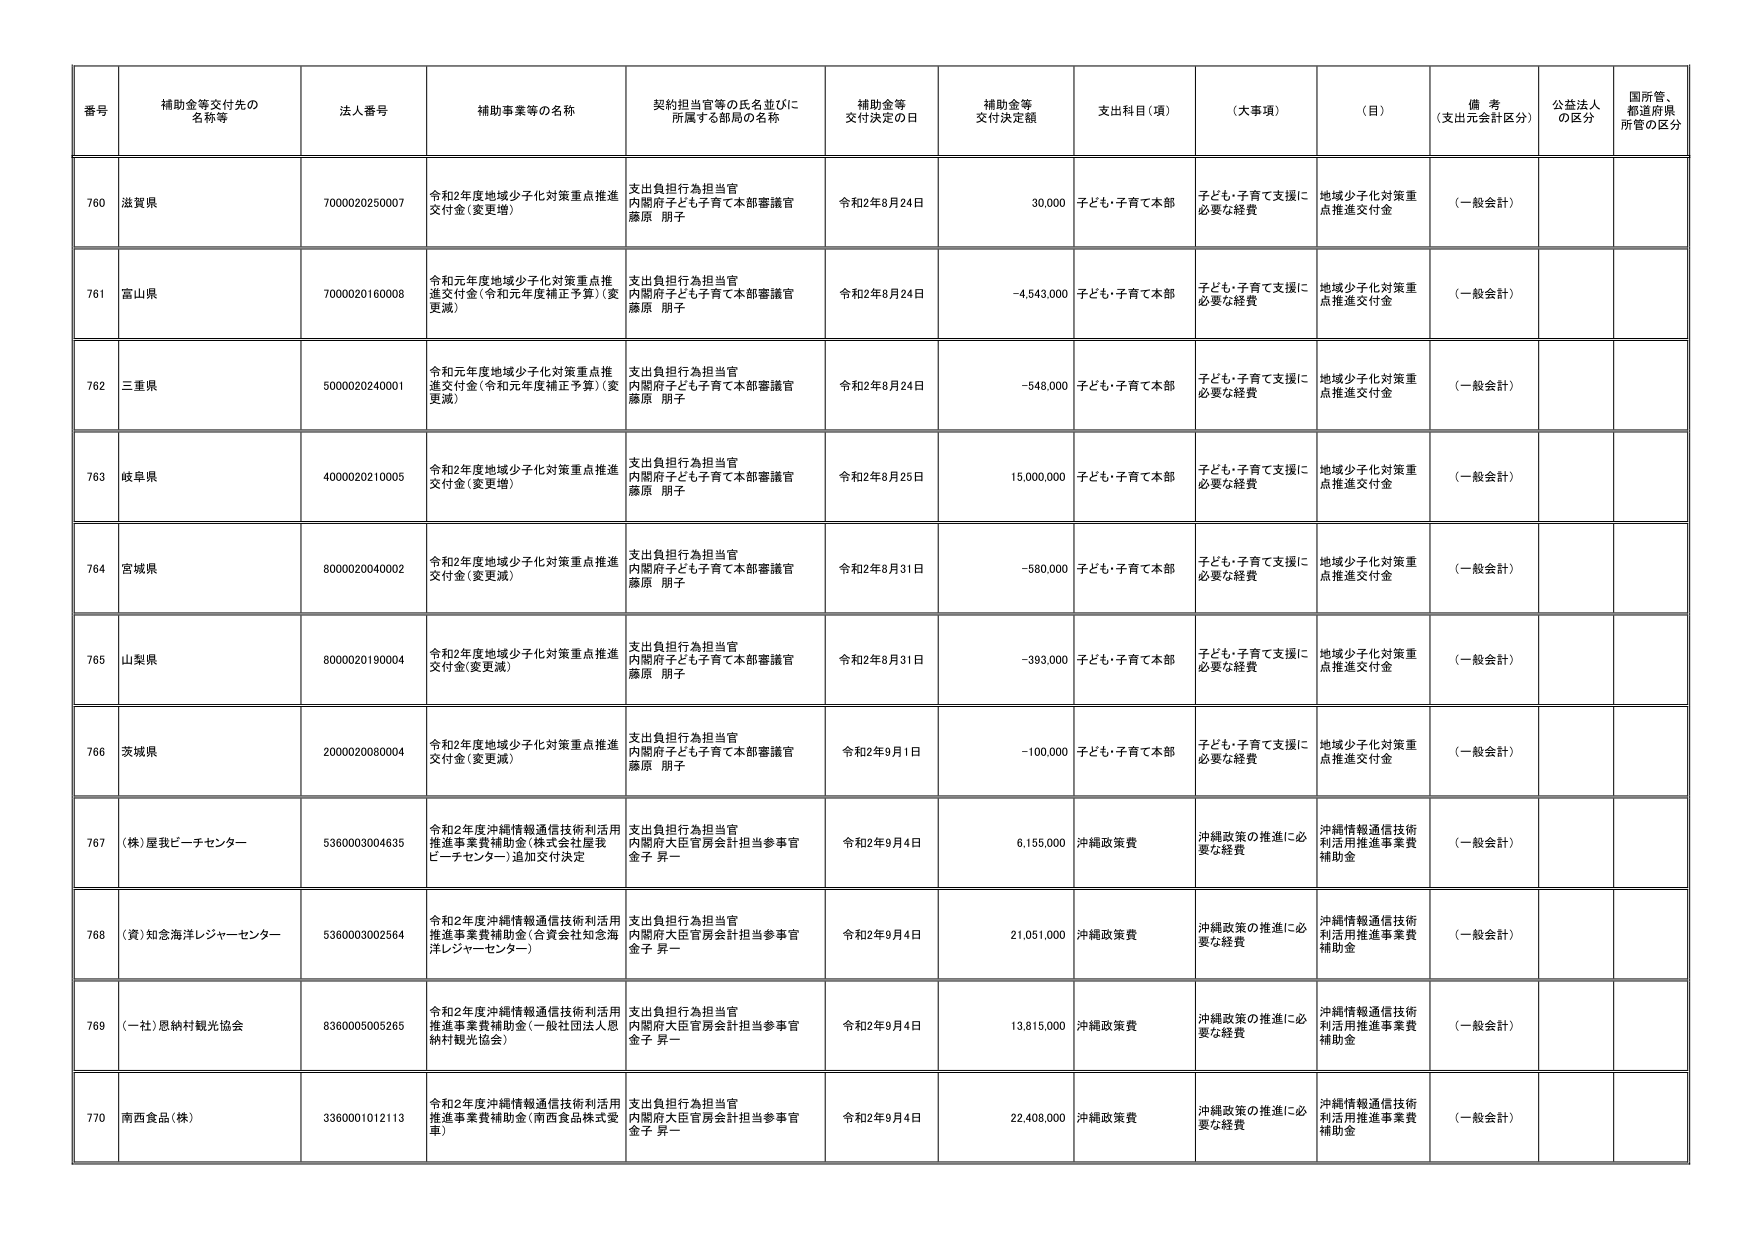
番号 補助金等交付先の名称等 法人番号 補助事業等の名称 契約担当官等の氏名並びに所属する部局の名称 補助金等交付決定の日 補助金等交付決定額 支出科目（項） （大事項） （目） 備考（支出元会計区分） 公益法人の区分 国所管、都道府県所管の区分
760 滋賀県 7000020250007 令和2年度地域少子化対策重点推進交付金（変更増） 支出負担行為担当官 内閣府子ども子育て本部審議官 藤原 朋子 令和2年8月24日 30,000 子ども・子育て本部 子ども・子育て支援に必要な経費 地域少子化対策重点推進交付金 （一般会計）
761 富山県 7000020160008 令和元年度地域少子化対策重点推進交付金（令和元年度補正予算）（変更減） 支出負担行為担当官 内閣府子ども子育て本部審議官 藤原 朋子 令和2年8月24日 -4,543,000 子ども・子育て本部 子ども・子育て支援に必要な経費 地域少子化対策重点推進交付金 （一般会計）
762 三重県 5000020240001 令和元年度地域少子化対策重点推進交付金（令和元年度補正予算）（変更減） 支出負担行為担当官 内閣府子ども子育て本部審議官 藤原 朋子 令和2年8月24日 -548,000 子ども・子育て本部 子ども・子育て支援に必要な経費 地域少子化対策重点推進交付金 （一般会計）
763 岐阜県 4000020210005 令和2年度地域少子化対策重点推進交付金（変更増） 支出負担行為担当官 内閣府子ども子育て本部審議官 藤原 朋子 令和2年8月25日 15,000,000 子ども・子育て本部 子ども・子育て支援に必要な経費 地域少子化対策重点推進交付金 （一般会計）
764 宮城県 8000020040002 令和2年度地域少子化対策重点推進交付金（変更減） 支出負担行為担当官 内閣府子ども子育て本部審議官 藤原 朋子 令和2年8月31日 -580,000 子ども・子育て本部 子ども・子育て支援に必要な経費 地域少子化対策重点推進交付金 （一般会計）
765 山梨県 8000020190004 令和2年度地域少子化対策重点推進交付金（変更減） 支出負担行為担当官 内閣府子ども子育て本部審議官 藤原 朋子 令和2年8月31日 -393,000 子ども・子育て本部 子ども・子育て支援に必要な経費 地域少子化対策重点推進交付金 （一般会計）
766 茨城県 2000020080004 令和2年度地域少子化対策重点推進交付金（変更減） 支出負担行為担当官 内閣府子ども子育て本部審議官 藤原 朋子 令和2年9月1日 -100,000 子ども・子育て本部 子ども・子育て支援に必要な経費 地域少子化対策重点推進交付金 （一般会計）
767 （株）屋我ビーチセンター 5360003004635 令和2年度沖縄情報通信技術利活用推進事業費補助金（株式会社屋我ビーチセンター）追加交付決定 支出負担行為担当官 内閣府大臣官房会計担当参事官 金子 昇一 令和2年9月4日 6,155,000 沖縄政策費 沖縄政策の推進に必要な経費 沖縄情報通信技術利活用推進事業費補助金 （一般会計）
768 （資）知念海洋レジャーセンター 5360003002564 令和2年度沖縄情報通信技術利活用推進事業費補助金（合資会社知念海洋レジャーセンター） 支出負担行為担当官 内閣府大臣官房会計担当参事官 金子 昇一 令和2年9月4日 21,051,000 沖縄政策費 沖縄政策の推進に必要な経費 沖縄情報通信技術利活用推進事業費補助金 （一般会計）
769 （一社）恩納村観光協会 8360005005265 令和2年度沖縄情報通信技術利活用推進事業費補助金（一般社団法人恩納村観光協会） 支出負担行為担当官 内閣府大臣官房会計担当参事官 金子 昇一 令和2年9月4日 13,815,000 沖縄政策費 沖縄政策の推進に必要な経費 沖縄情報通信技術利活用推進事業費補助金 （一般会計）
770 南西食品（株） 3360001012113 令和2年度沖縄情報通信技術利活用推進事業費補助金（南西食品株式会社） 支出負担行為担当官 内閣府大臣官房会計担当参事官 金子 昇一 令和2年9月4日 22,408,000 沖縄政策費 沖縄政策の推進に必要な経費 沖縄情報通信技術利活用推進事業費補助金 （一般会計）